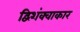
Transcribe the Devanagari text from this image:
द्विशंक्वाकार